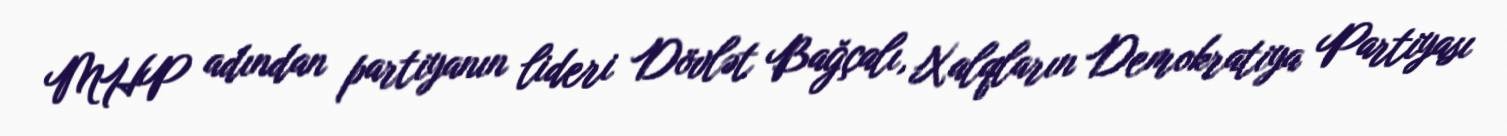
MHP adından partiyanın lideri Dövlət Bağçalı, Xalqların Demokratiya Partiyası